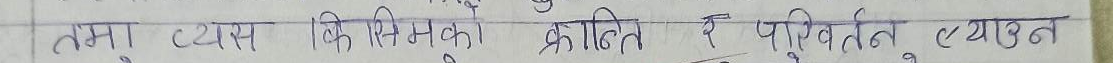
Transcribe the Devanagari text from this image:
तमा व्यास कि नियको केति र परिवर्तन व्युत